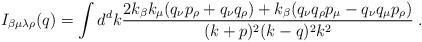
LaTeX: \begin{align*}I_{\beta\mu\lambda\rho}(q)=\int d^dk\frac{2k_\beta k_\mu (q_\nu p_\rho + q_\nu q_\rho) +k_\beta (q_\nu q_\rho p_\mu -q_\nu q_\mu p_\rho)}{(k+p)^2 (k-q)^2 k^2}\; .\end{align*}